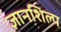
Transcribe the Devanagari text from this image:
ज्ञानशिल्प